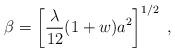
LaTeX: \begin{align*}\beta=\left\lbrack\frac{\lambda}{12}(1+w)a^2\right\rbrack^{1/2}\;,\end{align*}